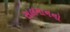
સલમાનનો